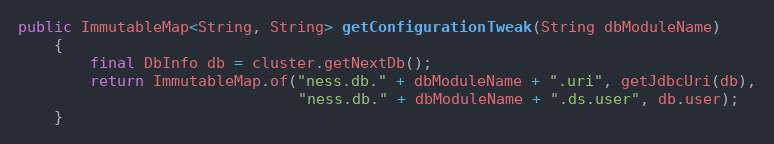
Language: Java
public ImmutableMap<String, String> getConfigurationTweak(String dbModuleName)
    {
        final DbInfo db = cluster.getNextDb();
        return ImmutableMap.of("ness.db." + dbModuleName + ".uri", getJdbcUri(db),
                               "ness.db." + dbModuleName + ".ds.user", db.user);
    }